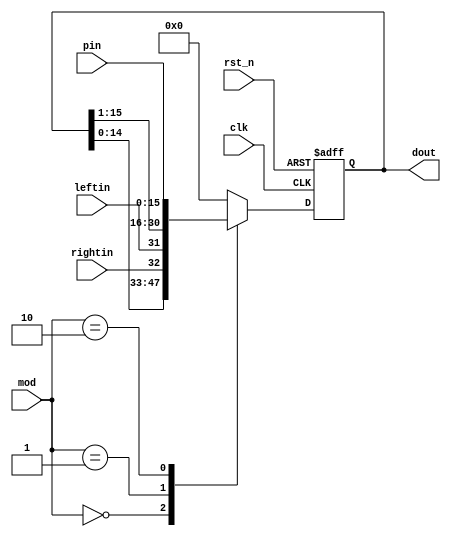
module universal_shift_sar(
    input clk,
    input rst_n,
    input [1:0] mod,
    input rightin,
    input leftin,
    input [15:0] pin,
    output reg [15:0] dout
);
    always@(posedge clk, negedge rst_n) begin
        if (!rst_n) dout <= 16'b0;
        else begin
            case(mod)
            2'b00: dout <= {dout[14:0], rightin};
            2'b01: dout <= {leftin, dout[15:1]};
            2'b10: dout <= pin;
            default: dout <= 16'b0;
            endcase

        end
    end

endmodule